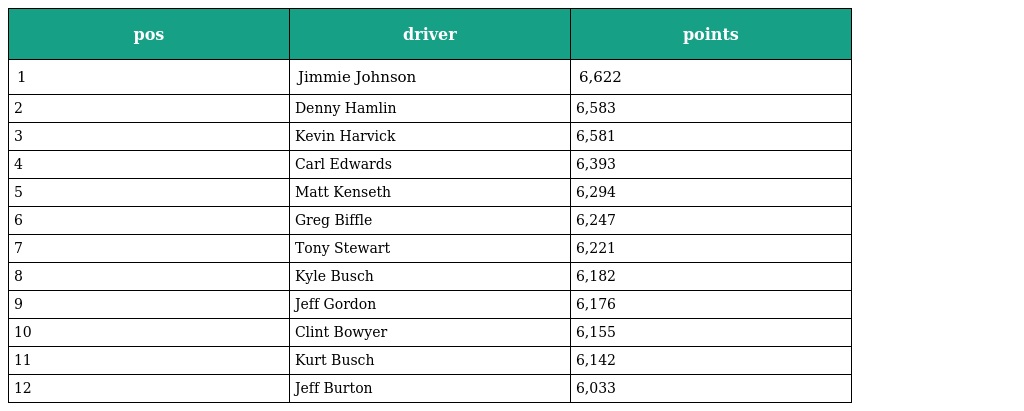
| pos | driver | points |
 | --- | --- | --- |
 | 1 | Jimmie Johnson | 6,622 |
 | 2 | Denny Hamlin | 6,583 |
 | 3 | Kevin Harvick | 6,581 |
 | 4 | Carl Edwards | 6,393 |
 | 5 | Matt Kenseth | 6,294 |
 | 6 | Greg Biffle | 6,247 |
 | 7 | Tony Stewart | 6,221 |
 | 8 | Kyle Busch | 6,182 |
 | 9 | Jeff Gordon | 6,176 |
 | 10 | Clint Bowyer | 6,155 |
 | 11 | Kurt Busch | 6,142 |
 | 12 | Jeff Burton | 6,033 |